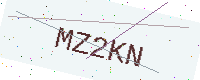
Text: MZ2KN